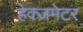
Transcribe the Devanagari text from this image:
हेक्ज़मेटर